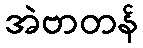
အဲဗာတန်